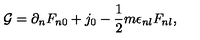
{ \cal G } = \partial _ { n } F _ { n 0 } + j _ { 0 } - \frac { 1 } { 2 } m \epsilon _ { n l } F _ { n l } ,